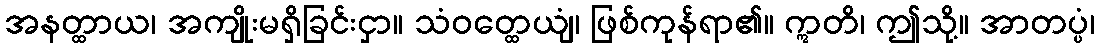
အနတ္ထာယ၊ အကျိုးမရှိခြင်းငှာ။ သံဝတ္ထေယျံ၊ ဖြစ်ကုန်ရာ၏။ ဣတိ၊ ဤသို့။ အာတပ္ပံ၊